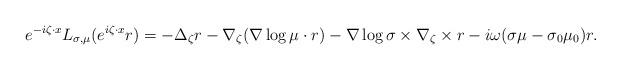
LaTeX: \begin{align*}e^{-i \zeta\cdot x} L_{\sigma,\mu}(e^{i \zeta\cdot x}r) = -\Delta_\zeta r - \nabla_\zeta(\nabla\log\mu\cdot r) - \nabla\log\sigma\times \nabla_\zeta\times r - i\omega (\sigma\mu - \sigma_0 \mu_0) r.\end{align*}